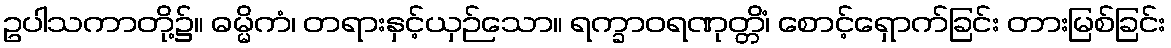
ဥပါသကာတို့၌။ ဓမ္မိကံ၊ တရားနှင့်ယှဉ်သော။ ရက္ခာဝရဏုတ္တိံ၊ စောင့်ရှောက်ခြင်း တားမြစ်ခြင်း